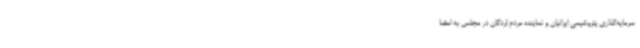
سرمایه‌گذاری پتروشیمی ایرانیان و نماینده مردم لردگان در مجلس به امضا